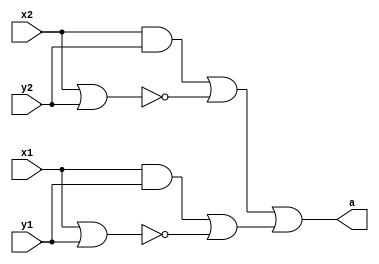
// ************************************************
// Project 1
// ECE582
// Nikolay Nikolov
// Summer 2020
// Task 1_C1
// ************************************************

module project1_task1_1 (output wire a,
		 input wire x1, x2, y1, y2);

   // Internal Nets
   wire 		    m0, m1, m2, m3;
   wire 		    a0, a1;
   // AND
   assign m0 = x1 & y1;
   assign m2 = x2 & y2;
   // NOR
   assign m1 = ~(x1 | y1);
   assign m3 = ~(x2 | y2);
   // OR
   assign a0 = m0 | m1;
   assign a1 = m2 | m3;
   // Out
   assign a = a1 | a0;

endmodule // project1_task1_1